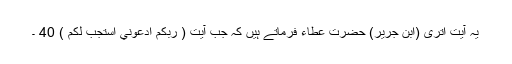
یہ آیت اتری (ابن جریر) حضرت عطاء فرماتے ہیں کہ جب آیت ( رَبُّكُمُ ادْعُوْنِيْٓ اَسْتَجِبْ لَكُمْ ) 40 ۔